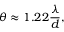
\theta \approx 1 . 2 2 { \frac { \lambda } { d } } ,